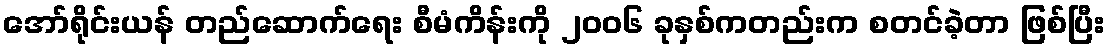
အော်ရိုင်းယန် တည်ဆောက်ရေး စီမံကိန်းကို ၂၀၀၆ ခုနှစ်ကတည်းက စတင်ခဲ့တာ ဖြစ်ပြီး